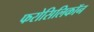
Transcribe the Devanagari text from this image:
फरोसिलिकॉन